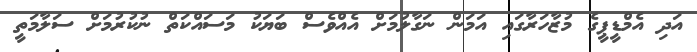
އަދި އެމްޑީޕީގެ މުޒާހަރާގައި އަމަން ނަގާލުމަށް އެއްވެސް ބަޔަކު މަސައްކަތް ނުކުރުމަށް ސަލާމަތީ